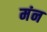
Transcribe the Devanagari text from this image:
मंन